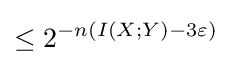
\leq 2^{-n(I(X;Y)-3\varepsilon )}